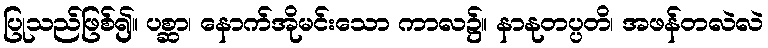
ပြုသည်ဖြစ်၍။ ပစ္ဆာ၊ နောက်အိုမင်းသော ကာလ၌။ နာနုတပ္ပတိ၊ အဖန်တလဲလဲ